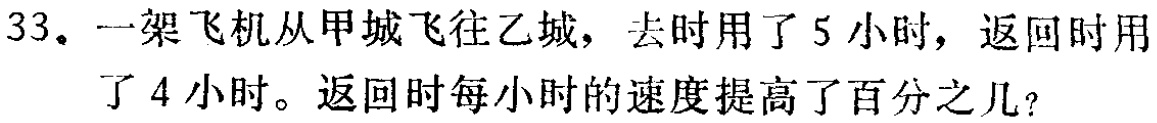
33。一架飞机从甲城飞往乙城，去时用了5小时，返回时用了4小时。返回时每小时的速度提高了百分之几？